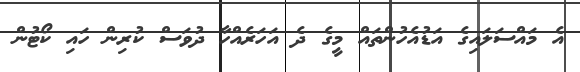
އެ މައްސަލައިގެ އަޑުއެހުންތައް މީގެ ދެ އަހަރެއްހާ ދުވަސް ކުރިން ހައި ކޯޓުން